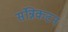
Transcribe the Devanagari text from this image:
संन्निकटन